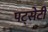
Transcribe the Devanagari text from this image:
पट्सेटी